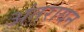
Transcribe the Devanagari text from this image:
अंतरायन